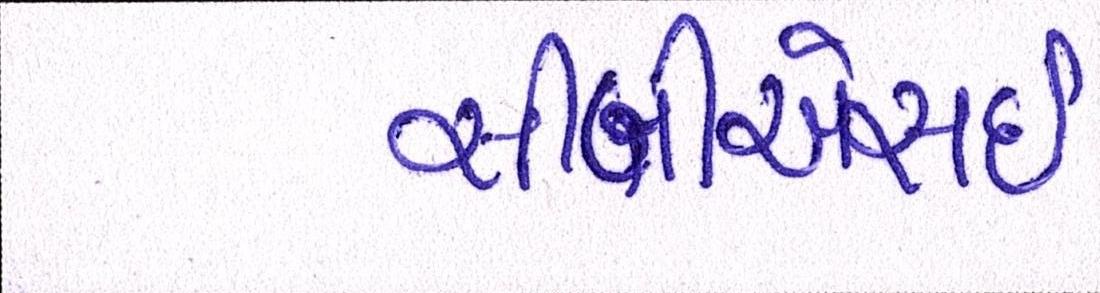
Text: સીબીએસઇ